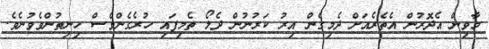
މާވިން އެދޮރުން އެތެރެއަށް ދެމިގެން އިރު ކަރުނުން ދެލޯ ތެމިފައި ހުރެގެންވެސް ހިނިތުންވެވުނެވެ.